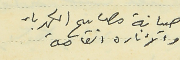
صيانة مصابيح الكهرباء والأناره العامة